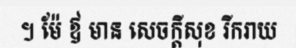
។ ម៉ែ ឪ មាន សេចក្តីសុខ រីករាយ